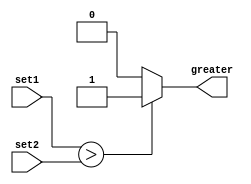
module magnitude_comparator(
    input [7:0] set1,
    input [7:0] set2,
    output wire greater
);

assign greater = (set1 > set2) ? 1'b1 : 1'b0;

endmodule